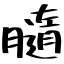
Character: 膸